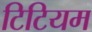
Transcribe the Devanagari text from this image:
टिटियम